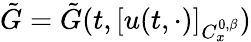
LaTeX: \tilde{G}=\tilde{G}(t,[u(t,\cdot)]_{C_{x}^{0,\beta}})